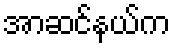
အာဆင်နယ်က